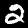
Label: 2